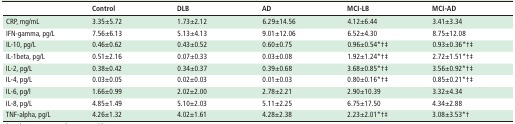
<table><thead><tr><td></td><td><b>Control</b></td><td><b>DLB</b></td><td><b>AD</b></td><td><b>MCI-LB</b></td><td><b>MCI-AD</b></td></tr></thead><tbody><tr><td>CRP, mg/mL</td><td>3.35±5.72</td><td>1.73±2.12</td><td>6.29±14.56</td><td>4.12±6.44</td><td>3.41±3.34</td></tr><tr><td>IFN-gamma, pg/L</td><td>7.56±6.13</td><td>5.13±4.13</td><td>9.01±12.06</td><td>6.52±4.30</td><td>8.75±12.08</td></tr><tr><td>IL-10, pg/L</td><td>0.46±0.62</td><td>0.43±0.52</td><td>0.60±0.75</td><td>0.96±0.54*†‡</td><td>0.93±0.36*†‡</td></tr><tr><td>IL-1beta, pg/L</td><td>0.51±2.16</td><td>0.07±0.33</td><td>0.03±0.08</td><td>1.92±1.24*†‡</td><td>2.72±1.51*†‡</td></tr><tr><td>IL-2, pg/L</td><td>0.38±0.42</td><td>0.34±0.37</td><td>0.39±0.68</td><td>3.68±0.85*†‡</td><td>3.56±0.92*†‡</td></tr><tr><td>IL-4, pg/L</td><td>0.03±0.05</td><td>0.02±0.03</td><td>0.01±0.03</td><td>0.80±0.16*†‡</td><td>0.85±0.21*†‡</td></tr><tr><td>IL-6, pg/l</td><td>1.66±0.99</td><td>2.02±2.00</td><td>2.78±2.21</td><td>2.90±10.39</td><td>3.32±4.34</td></tr><tr><td>IL-8, pg/L</td><td>4.85±1.49</td><td>5.10±2.03</td><td>5.11±2.25</td><td>6.75±17.50</td><td>4.34±2.88</td></tr><tr><td>TNF-alpha, pg/L</td><td>4.26±1.32</td><td>4.02±1.61</td><td>4.28±2.38</td><td>2.23±2.01*†‡</td><td>3.08±3.53*†</td></tr></tbody></table>